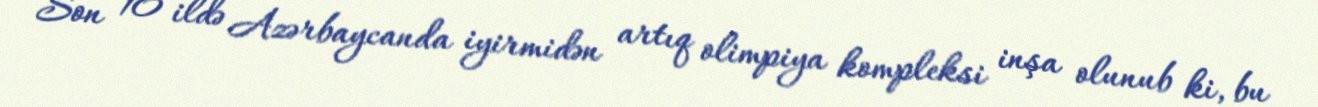
Son 10 ildə Azərbaycanda iyirmidən artıq olimpiya kompleksi inşa olunub ki, bu